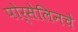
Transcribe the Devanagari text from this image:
पोर्सेलिनचे